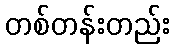
တစ်တန်းတည်း